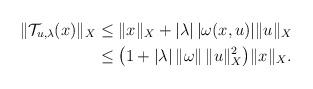
LaTeX: \begin{align*}\|\mathcal{T}_{u,\lambda}(x)\|_{X}&\leq \|x\|_{X}+|\lambda|\,|\omega( x,u )|\|u\|_{X}\\&\leq\big(1+|\lambda|\,\|\omega\|\,\|u\|_{X}^2\big)\|x\|_{X}.\end{align*}